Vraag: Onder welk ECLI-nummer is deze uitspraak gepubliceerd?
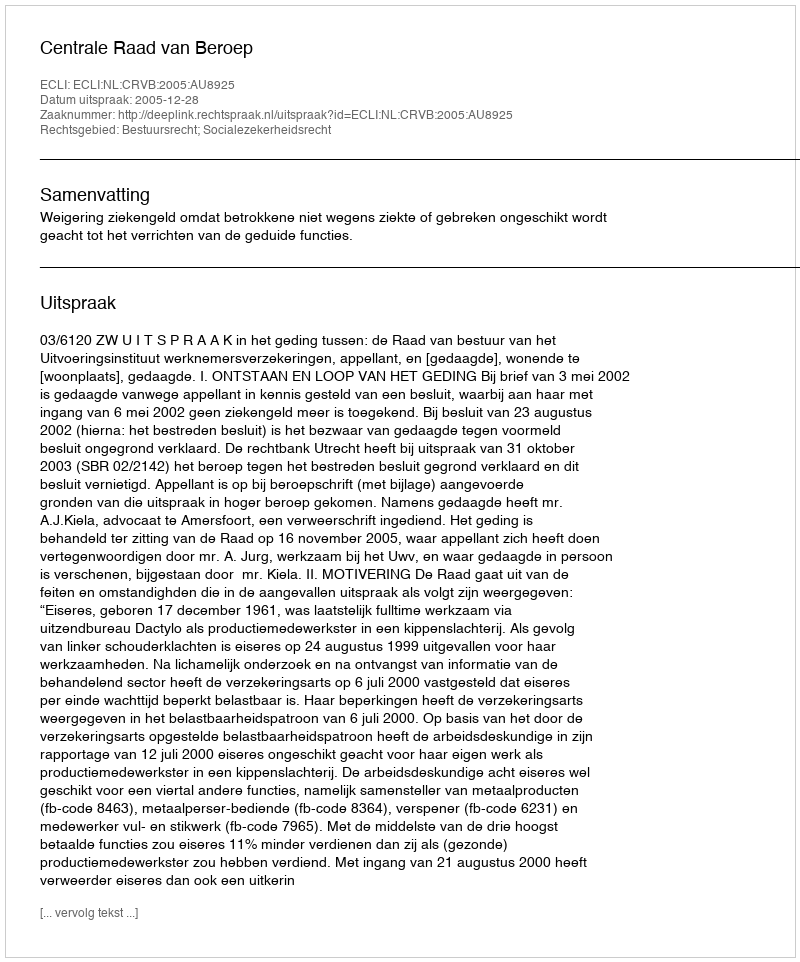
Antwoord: ECLI:NL:CRVB:2005:AU8925